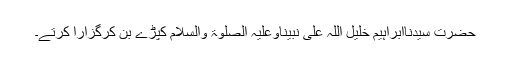
حضرت سیِّدُناابراہیم خلیل اللہ عَلٰی نَبِیِّنَاوَعَلَیْہِ الصَّلٰوۃُ وَالسَّلَام کپڑے بُن کرگزارا کرتے۔